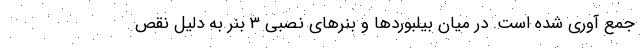
جمع آوری شده است. در میان بیلبوردها و بنرهای نصبی ۳ بنر به دلیل نقص